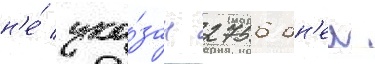
н'е́ ука́зан 2756 дн'еи